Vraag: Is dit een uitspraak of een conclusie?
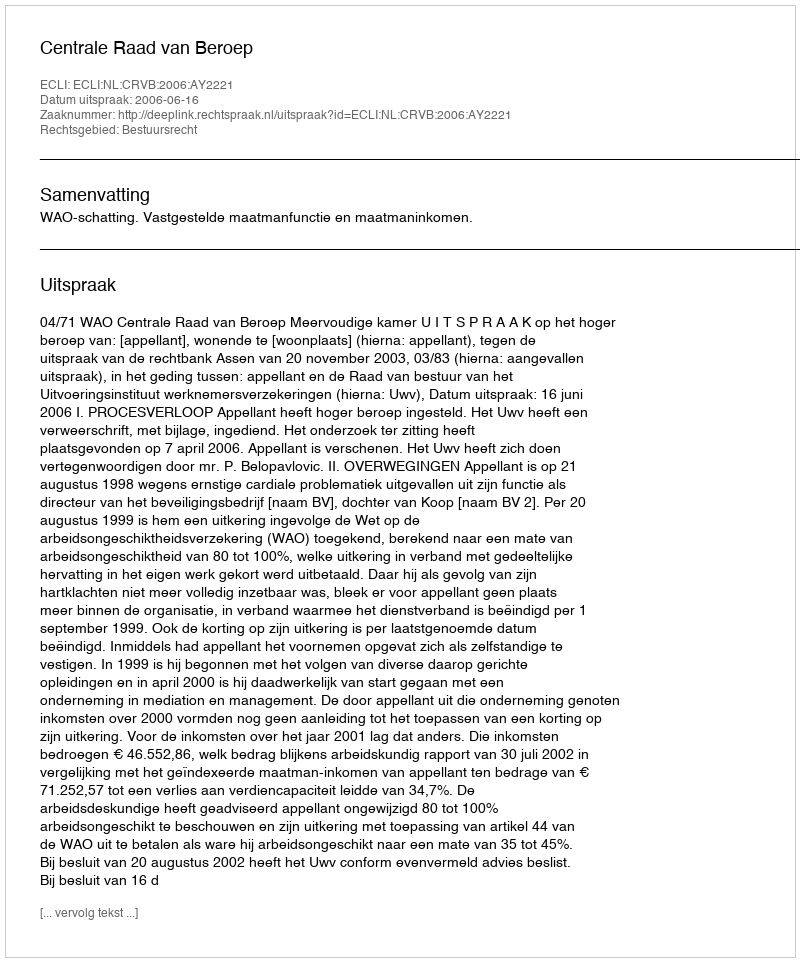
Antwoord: Uitspraak